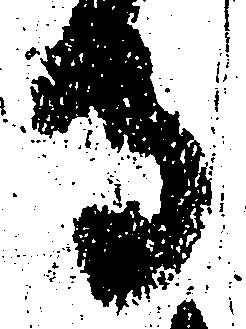
寺